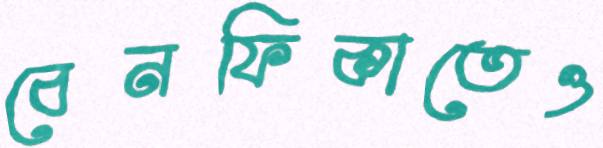
বেনফিকাতেও